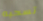
تسحبه